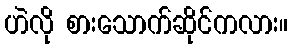
ဟဲလို စားသောက်ဆိုင်ကလား။